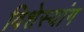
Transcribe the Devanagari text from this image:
विशेस्यांग